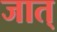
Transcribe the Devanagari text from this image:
जात्